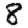
Digit: 8